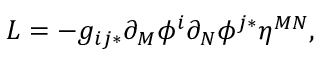
{ \cal L } = - g _ { i j * } \partial _ { M } \phi ^ { i } \partial _ { N } \phi ^ { j * } \eta ^ { M N } ,